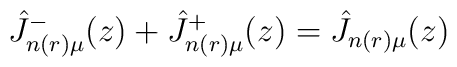
\hat J_{n(r) \mu}^-(z) + \hat J_{n(r) \mu}^+(z) =\hat J_{n(r) \mu}(z)